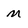
Character: n